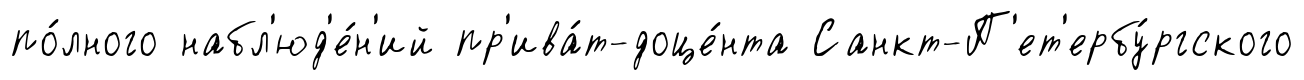
по́лного набл'юд'е́н'ий пр'ива́т-доце́нта Санкт-П'ет'ербу́ргского